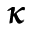
\pmb { \kappa }